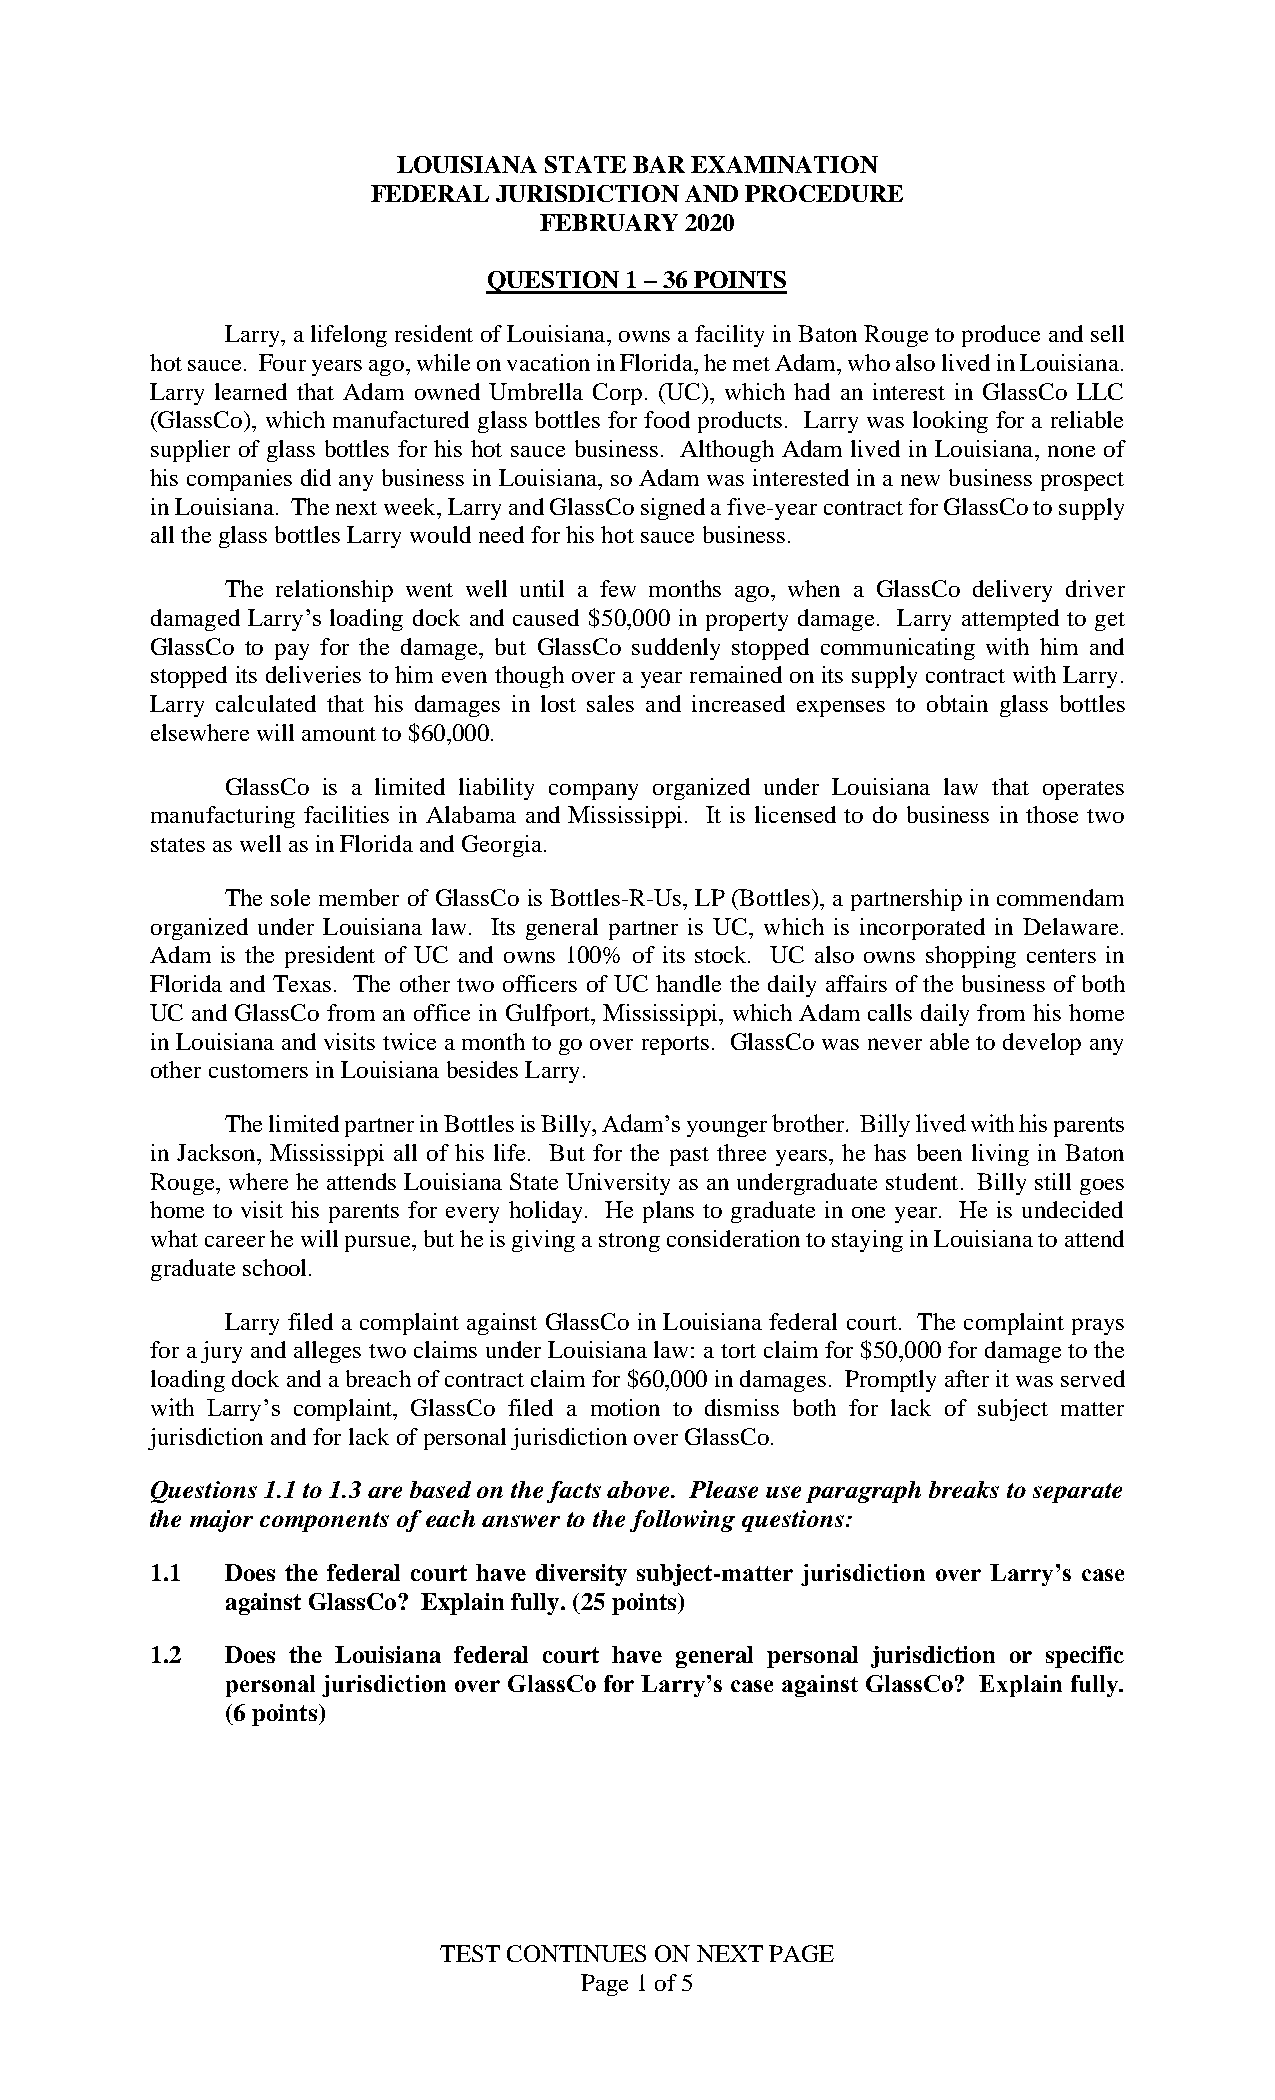
LOUISIANA STATE BAR EXAMINATION
 FEDERAL JURISDICTION AND PROCEDURE
 FEBRUARY 2020
 QUESTION 1 – 36 POINTS
 Larry, a lifelong resident of Louisiana, owns a facility in Baton Rouge to produce and sell
 hot sauce. Four years ago, while on vacation in Florida, he met Adam, who also lived in Louisiana.
 Larry learned that Adam owned Umbrella Corp. (UC), which had an interest in GlassCo LLC
 (GlassCo), which manufactured glass bottles for food products. Larry was looking for a reliable
 supplier of glass bottles for his hot sauce business. Although Adam lived in Louisiana, none of
 his companies did any business in Louisiana, so Adam was interested in a new business prospect
 in Louisiana. The next week, Larry and GlassCo signed a five-year contract for GlassCo to supply
 all the glass bottles Larry would need for his hot sauce business.
 The relationship went well until a few months ago, when a GlassCo delivery driver
 damaged Larry’s loading dock and caused $50,000 in property damage. Larry attempted to get
 GlassCo to pay for the damage, but GlassCo suddenly stopped communicating with him and
 stopped its deliveries to him even though over a year remained on its supply contract with Larry.
 Larry calculated that his damages in lost sales and increased expenses to obtain glass bottles
 elsewhere will amount to $60,000.
 GlassCo is a limited liability company organized under Louisiana law that operates
 manufacturing facilities in Alabama and Mississippi. It is licensed to do business in those two
 states as well as in Florida and Georgia.
 The sole member of GlassCo is Bottles-R-Us, LP (Bottles), a partnership in commendam
 organized under Louisiana law. Its general partner is UC, which is incorporated in Delaware.
 Adam is the president of UC and owns 100% of its stock. UC also owns shopping centers in
 Florida and Texas. The other two officers of UC handle the daily affairs of the business of both
 UC and GlassCo from an office in Gulfport, Mississippi, which Adam calls daily from his home
 in Louisiana and visits twice a month to go over reports. GlassCo was never able to develop any
 other customers in Louisiana besides Larry.
 The limited partner in Bottles is Billy, Adam’s younger brother. Billy lived with his parents
 in Jackson, Mississippi all of his life. But for the past three years, he has been living in Baton
 Rouge, where he attends Louisiana State University as an undergraduate student. Billy still goes
 home to visit his parents for every holiday. He plans to graduate in one year. He is undecided
 what career he will pursue, but he is giving a strong consideration to staying in Louisiana to attend
 graduate school.
 Larry filed a complaint against GlassCo in Louisiana federal court. The complaint prays
 for a jury and alleges two claims under Louisiana law: a tort claim for $50,000 for damage to the
 loading dock and a breach of contract claim for $60,000 in damages. Promptly after it was served
 with Larry’s complaint, GlassCo filed a motion to dismiss both for lack of subject matter
 jurisdiction and for lack of personal jurisdiction over GlassCo.
 Questions 1.1 to 1.3 are based on the facts above. Please use paragraph breaks to separate
 the major components of each answer to the following questions:
 1.1  Does the federal court have diversity subject-matter jurisdiction over Larry’s case
 against GlassCo? Explain fully. (25 points)
 1.2  Does the Louisiana federal court have general personal jurisdiction or specific
 personal jurisdiction over GlassCo for Larry’s case against GlassCo? Explain fully.
 (6 points)
 TEST CONTINUES ON NEXT PAGE
 Page 1 of 5